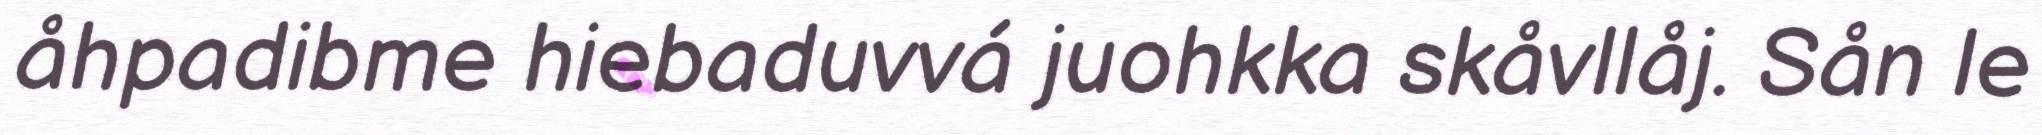
åhpadibme hiebaduvvá juohkka skåvllåj. Sån le